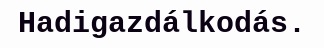
Hadigazdálkodás.